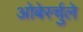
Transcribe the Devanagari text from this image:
ओबेर्स्चुले